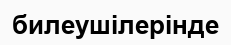
билеушілерінде